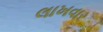
લાખવાર